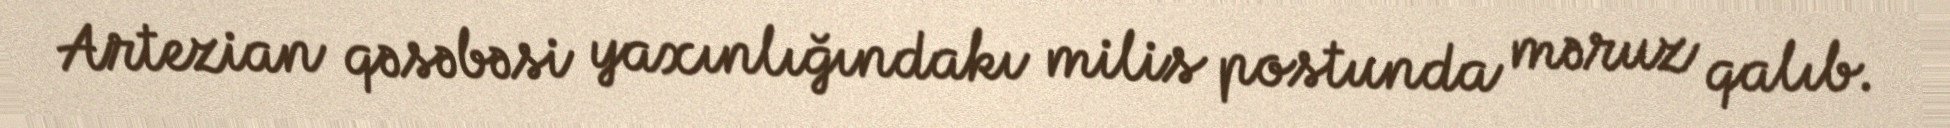
Artezian qəsəbəsi yaxınlığındakı milis postunda məruz qalıb.